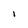
Character: I